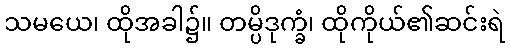
သမယေ၊ ထိုအခါ၌။ တမ္ပိဒုက္ခံ၊ ထိုကိုယ်၏ဆင်းရဲ